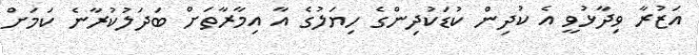
އަޒުރާ ވިދާޅުވީ އެ ކުދިން ކުޑަކުދިންގެ ހިޔަލުގެ އާ އިމާރާތަށް ބަދަލުކުރާނެ ކަމަށް